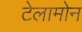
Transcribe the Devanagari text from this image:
टेलामोन